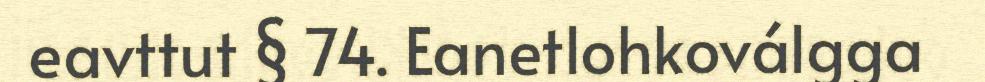
eavttut § 74. Eanetlohkoválgga